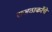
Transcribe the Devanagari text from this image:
राजठाकरेंचे